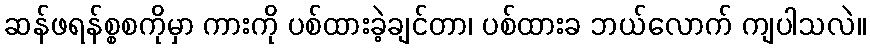
ဆန်ဖရန်စ္စစကိုမှာ ကားကို ပစ်ထားခဲ့ချင်တာ၊ ပစ်ထားခ ဘယ်လောက် ကျပါသလဲ။